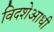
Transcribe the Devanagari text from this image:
विदशेआधी